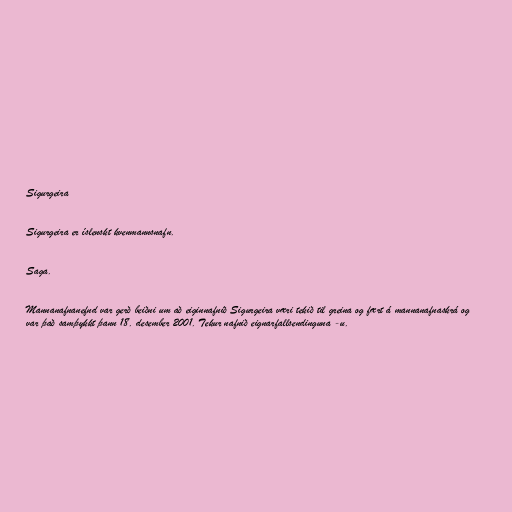
Sigurgeira

Sigurgeira er íslenskt kvenmannsnafn.

Saga.

Mannanafnanefnd var gerð beiðni um að eiginnafnið Sigurgeira væri tekið til greina og fært á mannanafnaskrá og
var það samþykkt þann 18. desember 2001. Tekur nafnið eignarfallsendinguna -u.